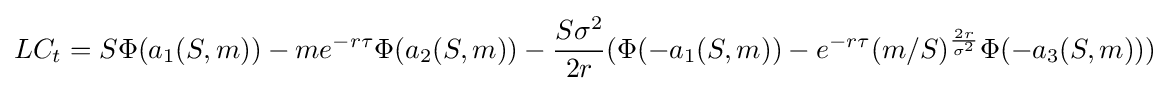
LC_{t}=S\Phi (a_{1}(S,m))-me^{-r\tau }\Phi (a_{2}(S,m))-{\frac {S\sigma ^{2}}{2r}}(\Phi (-a_{1}(S,m))-e^{-r\tau }(m/S)^{\frac {2r}{\sigma ^{2}}}\Phi (-a_{3}(S,m)))